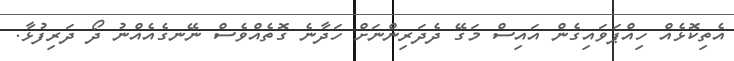
އެތިކޮޅެއް ހިއްޕަވައިގެން އައިސް މަގޭ ދެދަރިންނަށް ހަދާނެ ގޮތެއްވެސް ނޭނގެއެއްނު ދޯ ދަރިފުޅާ.